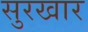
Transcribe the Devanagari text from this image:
सुरखार